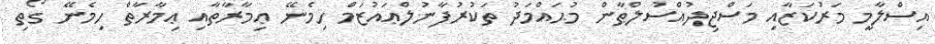
އިސްލާމީ މަރުކަޒާއި މަސްޖިދުއްސުލްޠާން މުޙައްމަދު ތަކުރުފާނުލްޢައުޒަމް ހިމެނޭ ޢިމާރާތާއި ޢިމާރާތް ހިމެނޭ ގޯތި